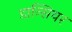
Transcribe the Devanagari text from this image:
डान्सियर